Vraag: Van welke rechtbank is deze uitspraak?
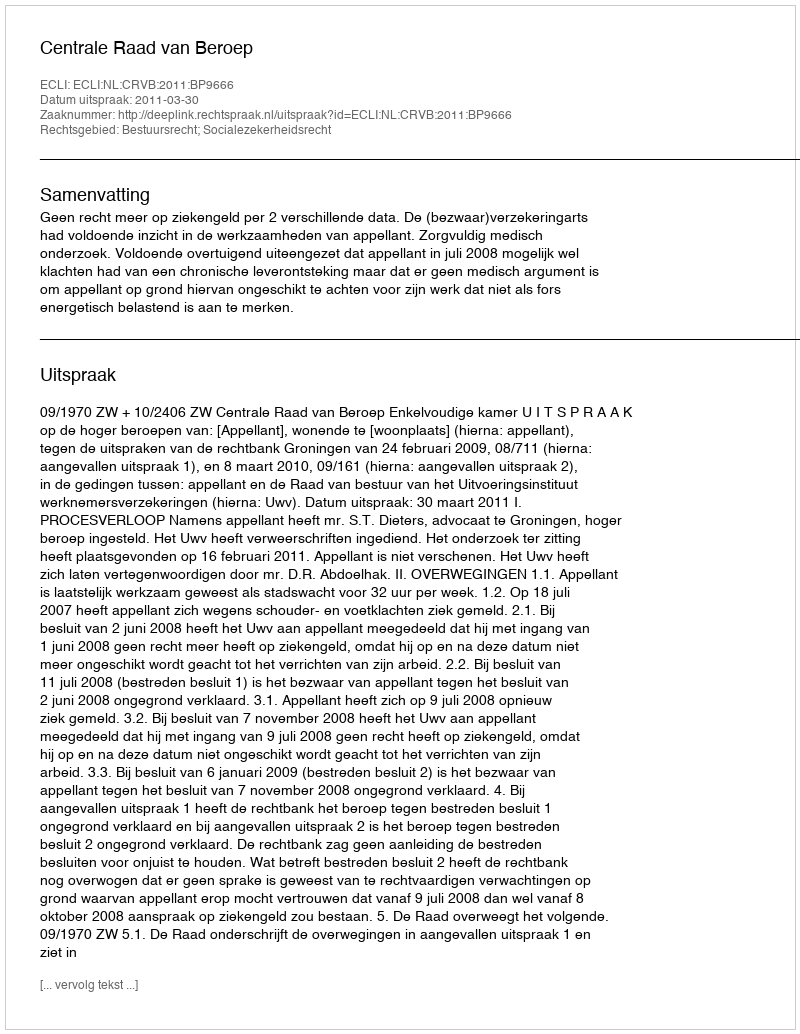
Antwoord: Centrale Raad van Beroep